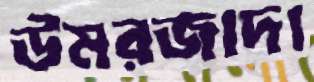
উমরজাদা